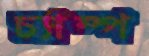
চ্যাম্প